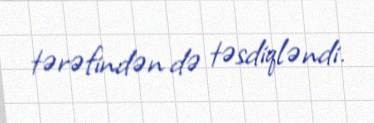
tərəfindən də təsdiqləndi.